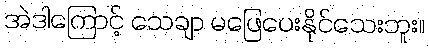
အဲဒါကြောင့် သေချာ မဖြေပေးနိုင်သေးဘူး။